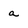
Character: a